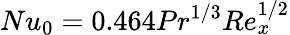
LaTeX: Nu_{0}=0.464Pr^{1/3}Re_{x}^{1/2}